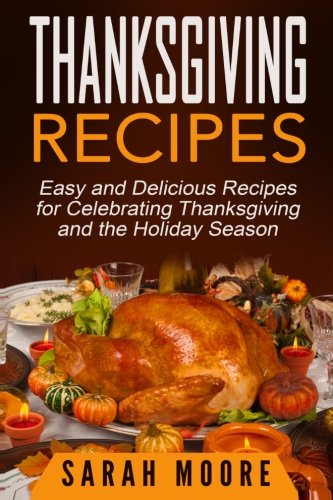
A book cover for Thanksgiving Recipes: Easy and Delicious Recipes for Celebrating Thanksgiving and the Holiday Season; Sarah Moore; Cookbooks, Food & Wine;